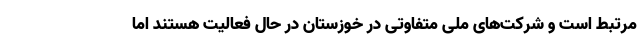
مرتبط است و شرکت‌های ملی متفاوتی در خوزستان در حال فعالیت هستند اما